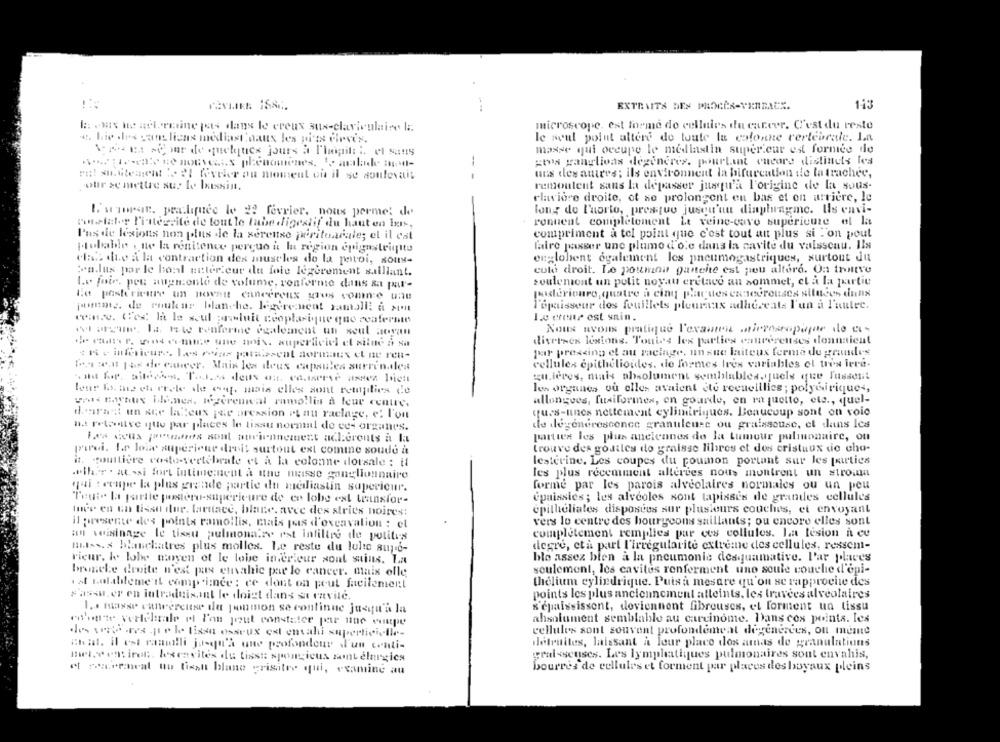
...
EXTRAITS DES PROCÈS-VERBALS.
113
microscope, est forme de cellules ifu career. C'est du reste
4. hie des cans liens mediast naux les pi'ts clovis.
le seul point altere de toute la colonne vertébrale. La
masse qui occupe le mediastin super.car est formée de
zwa ganglioas degeneres. pourtant encore distincts les
en! subitement : 2l foveler on moment ou il se soulevait
-- -
uns des autres; ils environment la bifurcation de la trachee,
Four se mettre sur le bassin.
remontent sans la depasser jusqu'à l'origine de la sous-
claviore droite, ot se prolongent en bas et en arrière, le
& winrar, pracliquee le 2? fevrier, nous permet de
long do Puorto, pres quo jusqu'au diaphragme. Ils envi-
Porelator l'intersite de tout le tube digestif du haut en bas.
ronuent completement Le veine-cavo supérieure el la
I'us de lesions non plus dle la xerense peritoneale; el il est
compriment a tel point que c'est tout an plus si l'on pout
faire passer une plume d'o'e dans la cavite du vaisseau. Ils
probable . the la renitence percuo i la region epignsteigtto
elise die a la contraction des muscles de la paroi, sous-
englobent ogalement les pneumogastriques, surtout du
:n.lus par le boal neterieur du fole legerement saillant.
cute droit. Le poumna gantche est peu altere. On trouve
soulemont un polit noyau eretace an sommet, el a la partie
Le foir. peu augmente de volume, conforme dans sa pu-
Le posterivar un povatt cancéreux grus comme une
poderionro, quatre a cinq plaques ennecreuses siluces dullx
puente. de Poukus blanche. Jegerenent ramalli a sont
l'épaisseur dos fouillets pleuraax adhereats l'un à l'autre.
win.e. Cex Ia le seul usluit neoplasique quo realernte
1.o crear est sain.
el arcane. la. Iwd tonferie également un seul noyan
Nous avons pratique l'exanten microscopique do cu-
diverses lexions. Toutes les parties cancerenses donnaient
eu . 54 -- mie une mois. superficiel el situe a sa
$ Ke inférieurs, Les was paraescol normaux et ne ren-
por pressing el au racinge, un sue laiteux ferme de grandes
cellules epithelioides, de formes tres variables el tris iere-
les soll fax de cancer. Mais les deux capsules surrendles
quieres, niais absolument semblables. juels que fussent
lone foo. me ch erete de ong, mais elles sont remplies de
les organes ou elles avaient ite recueillies ; polyGirique -,
allongues, fusiformnes, on gourde, en ra quetto, etc ., quel-
van Bowyaux ilianea, legerenwval ramollis à leur centre,
dearast un ser la eus pae pression et au raclage, e! l'ont
ques-unes nettement cylimiriques. Beaucoup sont on voic
de degeneresconce granuleuse ou graisseuse, et dans les
na retenutve ite par places le tissu normal de ce- organes.
parties les plus anciennes de Ja tumour pulmonaire, ou
Les ceux produits sont anciennement acherents à la
parei. Le loue superioue drei! surtout ext comme soude à
trouve des goatles do graisse libres et des cristaux de cho-
lesterine. Les coupes du poumon portant sur les parties
it. gouttière costo-vertébrale et à la colonne dorsale : it
.ther . atssi fort intime:nept a une masse ganglionnaire
les plus récemment alleries nous montrent un stroint
qui : coupe la plus grande partie du mediastin superieur.
forme par les parois alveolaires normales ou un peu
epaissies; les alveoles sont tapiasis de grandes cellules
Toute la partie pastero-superieure de er lobe est transfor-
tes en un lissu dur. laritace, blane. avce des stries noires:
epitheliales dispostos sur plusieurs couches, et envoyant
il presente des points ramollis, mais pas d'excavation : el
vers lo centre des bourgeons saillants; ou encore elles sont
complètement remplies par ces collules. La lesion à ce
an voisinage le tissu pulmonaire est infiltre de politis
Hus.x blanchatres plus molles. Le reste du lolte supo-
degre, età part l'Irregularite extreme des cellules, ressent-
ble assez bien a la pneumonie des quamative. l'ar places
rieur, k lobe moyen of le lobe interieur sont sains. La
bronche droite n'est pas envahic par le cancer. mais olle
seulement, les cavites renferment uno seule couche d'épi-
est valableme if comp imce : ce dont on peut facilement
thelium cylindrique. Puisà mesure qu'on se rapproche des
# assu.er en intraduisant le doigt dans st ravile.
points les plus anciennement atteints, les travees alveolaires
1. maxse canveretter du poumon se continue jusqu'à la
s'épaississont, doviennent fibrouses, et forment un tissu
en'onate vertebrale el l'on peut constater par une vuutpe
ahsolument semblable au carcinome. Dans ces points. les
cellules sont souvent profondemeat degenerees, ou meme
chia. il est ranuilli jusqu'à une profondeur d'un conti-
détruites, laissant a leur placo dos amas de granulations
geral <senses. Les lymphatiques pulmonaires sont envahis,
melse environ. lesenvites du tissu sponcicus zamtelnrgics
bourres de cellules et forment par places des boyaux pleins
et neceraneat no fixant blane grisatre qui, examine au